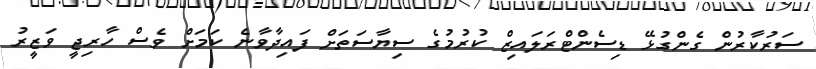
ސަރުކާާރުން ގެންގުޅޭ ޑިސެންޓްރަލައިޒް ކުރުމުގެ ސިޔާސަތަށް ފައިދާވާނެ ކަމަށް ވެސް ހާރިޖީ ވަޒީރު